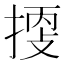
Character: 𢯬